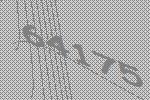
64175